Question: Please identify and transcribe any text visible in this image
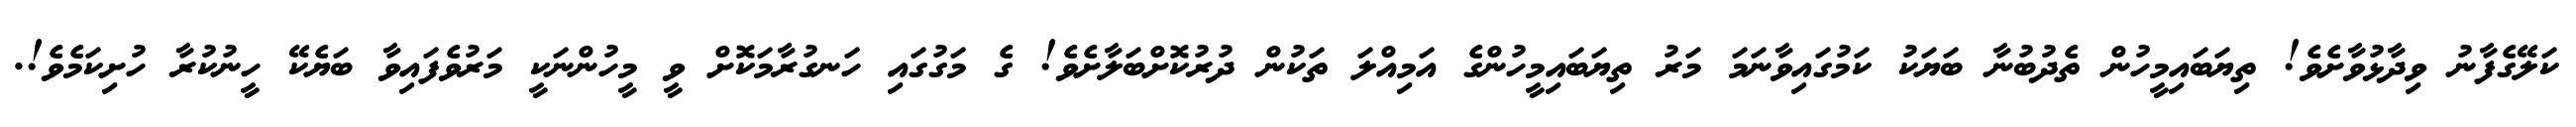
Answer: ކަލޭގެފާނު ވިދާޅުވާށެވެ! ތިޔަބައިމީހުން ތެދުބުނާ ބަޔަކު ކަމުގައިވާނަމަ މަރު ތިޔަބައިމީހުންގެ އަމިއްލަ ތަކުން ދުރުކޮށްބަލާށެވެ! ގެ މަގުގައި ހަނގުރާމަކޮށް ވީ މީހުންނަކީ މަރުވެފައިވާ ބަޔެކޭ ހީނުކުރާ ހުށިކަމެވެ!.